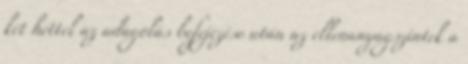
két héttel az adagolás befejezése után az ellenanyagszintek a